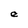
Character: e